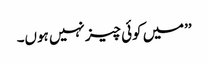
’’میں کوئی چیز نہیں ہوں۔